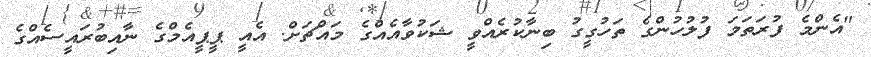
"އެންމެ ފުރަތަމަ ފުލުހުންގެ ތަހުގީގު ބިނާކުރެއްވީ ޝަކުވާއެއްގެ މައްޗަށް. އެއީ ޕީޕީއެމްގެ ނާއިބުރައީސެއްގެ